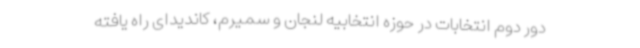
دور دوم انتخابات در حوزه انتخابیه لنجان و سمیرم، کاندیدای راه یافته